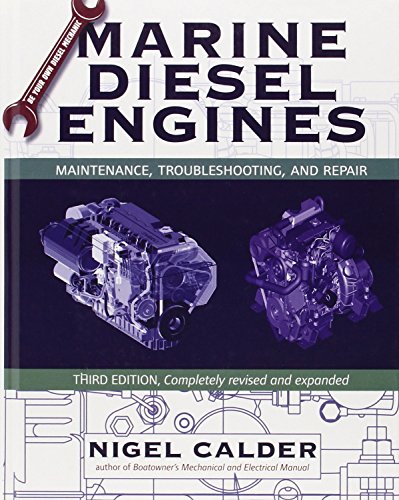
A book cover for Marine Diesel Engines: Maintenance, Troubleshooting, and Repair; Nigel Calder; Engineering & Transportation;